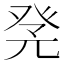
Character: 𤼫